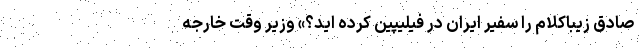
صادق زیبا‌کلام را سفیر ایران در فیلیپین کرده اید؟» وزیر وقت خارجه